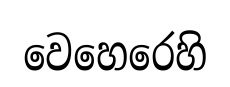
වෙහෙරෙහි